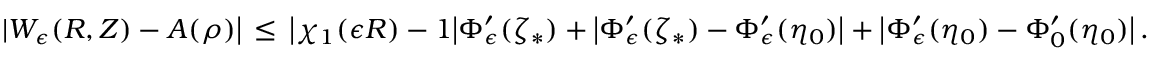
| W _ { \epsilon } ( R , Z ) - A ( \rho ) \bigr | \, \le \, \bigl | \chi _ { 1 } ( \epsilon R ) - 1 \bigr | \Phi _ { \epsilon } ^ { \prime } ( \zeta _ { * } ) + \bigl | \Phi _ { \epsilon } ^ { \prime } ( \zeta _ { * } ) - \Phi _ { \epsilon } ^ { \prime } ( \eta _ { 0 } ) \bigr | + \bigl | \Phi _ { \epsilon } ^ { \prime } ( \eta _ { 0 } ) - \Phi _ { 0 } ^ { \prime } ( \eta _ { 0 } ) \bigr | \, .